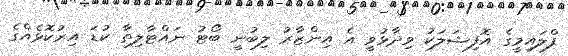
ފްލައިމީގެ އޮފިޝަލަކު ވިދާޅުވީ އެ އިންޒާރު ލިބުނީ ބޯޓު ނައްޓާލިތާ ކުޑަ އިރުކޮޅެއްގެ